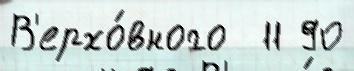
В'ерхо́вного  11 90